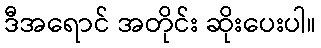
ဒီအရောင် အတိုင်း ဆိုးပေးပါ။